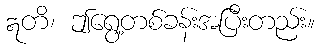
ဣတိ၊ ဤရွေ့တစ်ခန်းအပြီးတည်း။